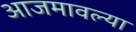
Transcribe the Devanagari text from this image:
आजमावल्या